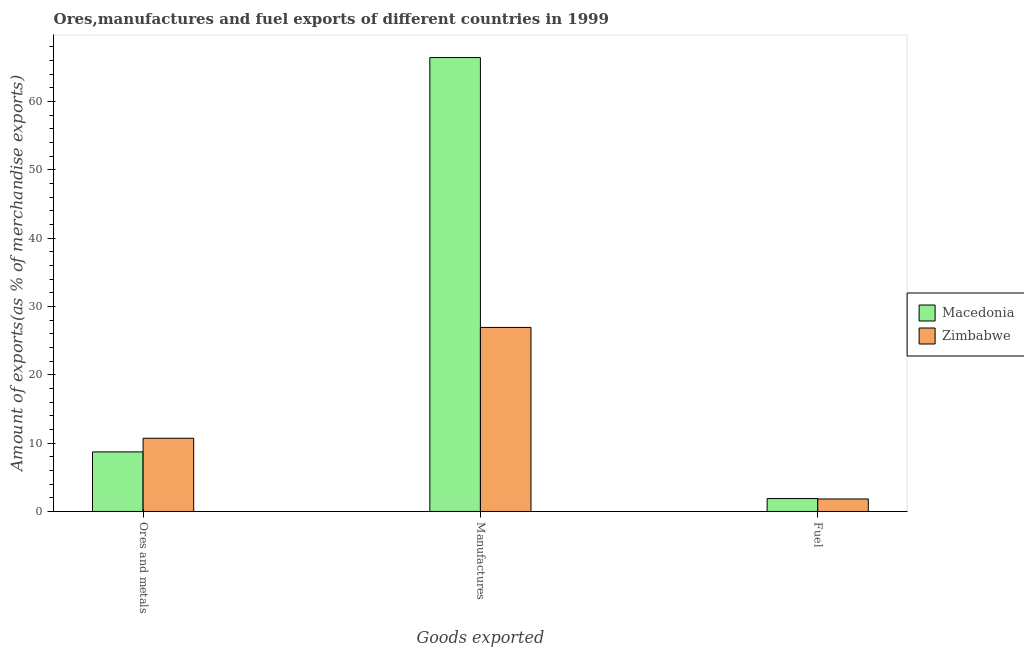
| Goods exported | Macedonia | Zimbabwe |
 | --- | --- | --- |
 | Ores and metals | 8.72 | 10.7 |
 | Manufactures | 66.4 | 26.9 |
 | Fuel | 1.89 | 1.83 |